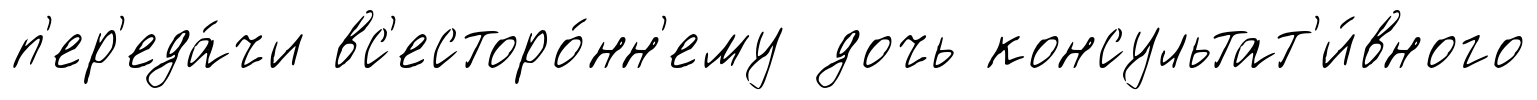
п'ер'еда́чи вс'есторо́нн'ему дочь консультат'и́вного